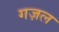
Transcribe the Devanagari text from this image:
गज़ल